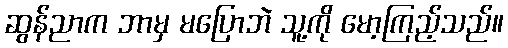
ဆွန်ညာက ဘာမှ မပြောဘဲ သူ့ကို မော့ကြည့်သည်။